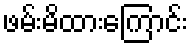
ဖမ်းမိထားကြောင်း